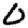
Digit: 0